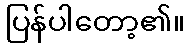
ပြန်ပါတော့၏။